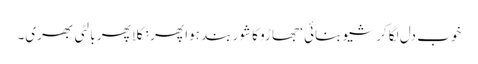
خوب دل لگا کر شیو بنائی ‘ جھاڑو کا شور بند ہوا پھر نکلا پھر بالٹی بھری۔